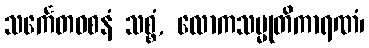
သင်္ကေတဝစနံ သစ္စံ, လောကသမ္မုတိကာရဏံ၊